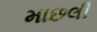
માછલી